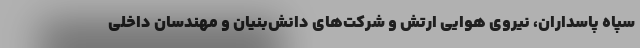
سپاه پاسداران، نیروی هوایی ارتش و شرکت‌های دانش‌بنیان و مهندسان داخلی